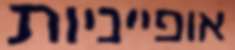
אופייניות